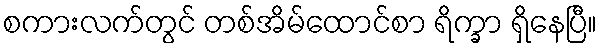
စကားလက်တွင် တစ်အိမ်ထောင်စာ ရိက္ခာ ရှိနေပြီ။